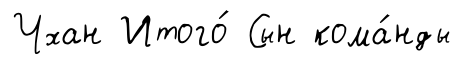
Чхан Итого́ Сын кома́нды